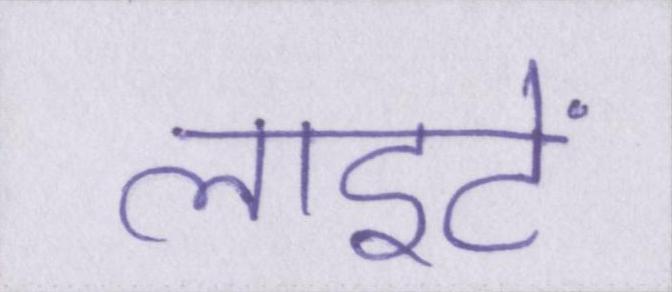
लाइटें